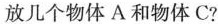
放几个物体A和物体C?